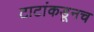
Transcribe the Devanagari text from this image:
टाटांकडूनच